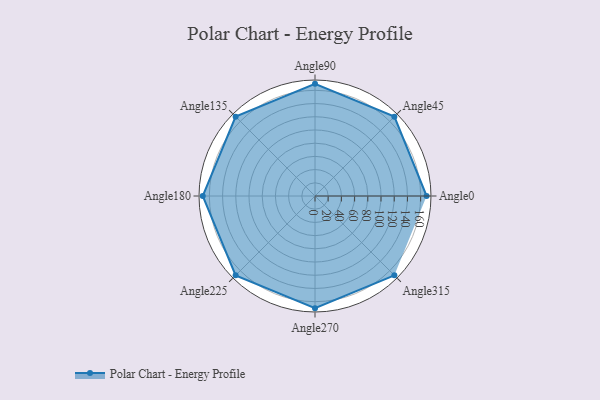
{"axis": {"x": "Angle", "y": "Radius"}, "legend": [""], "data": [{"x": "Angle0", "y": 169.0, "type": ""}, {"x": "Angle45", "y": 170, "type": ""}, {"x": "Angle90", "y": 170, "type": ""}, {"x": "Angle135", "y": 170, "type": ""}, {"x": "Angle180", "y": 170, "type": ""}, {"x": "Angle225", "y": 170, "type": ""}, {"x": "Angle270", "y": 170, "type": ""}, {"x": "Angle315", "y": 170, "type": ""}]}